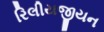
રિલીયજીયન